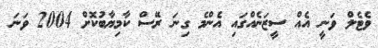
ވެޓެލް ވަނީ އެއް ސީޒަނެއްގައި އެންމެ ގިނަ ރޭސް ކާމިޔާބުކޮށް 2004 ވަނަ